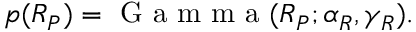
p ( R _ { P } ) = \mathrm { ~ G ~ a ~ m ~ m ~ a ~ } ( R _ { P } ; \alpha _ { R } , \gamma _ { R } ) .